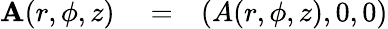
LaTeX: \begin{array}{rlr}{{\mathbf A}(r,\phi,z)}&{{}=}&{(A(r,\phi,z),0,0)}\end{array}